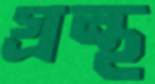
গ্রন্থ